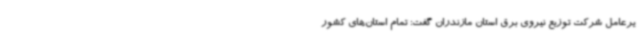
یرعامل شرکت توزیع نیروی برق استان مازندران گفت: تمام استان‌های کشور